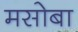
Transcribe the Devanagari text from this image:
मसोबा